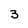
Character: 3